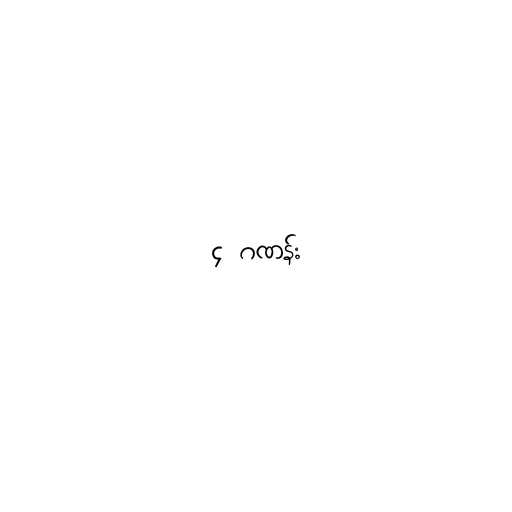
၄ ဂဏန်း